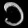
Digit: ၁